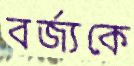
বর্জ্যকে